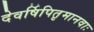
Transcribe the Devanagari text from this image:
देवर्षिपितृमानवाः